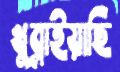
খুব্‌লাইয়াছি